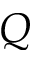
Q